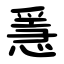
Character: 㥯